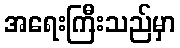
အရေးကြီးသည်မှာ